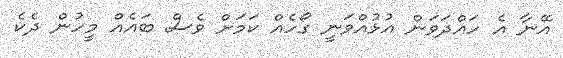
އޭނާ އެ ހައްދަވަން އުޅުއްވަނީ ގޯހެއް ކަަމަށް ވެސް ބައެއް މީހުން ދެކެ